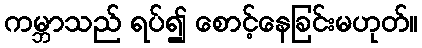
ကမ္ဘာသည် ရပ်၍ စောင့်နေခြင်းမဟုတ်။